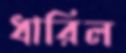
ধারিল